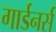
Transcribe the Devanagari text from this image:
गार्डनर्स